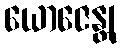
ယောဇေန္တု